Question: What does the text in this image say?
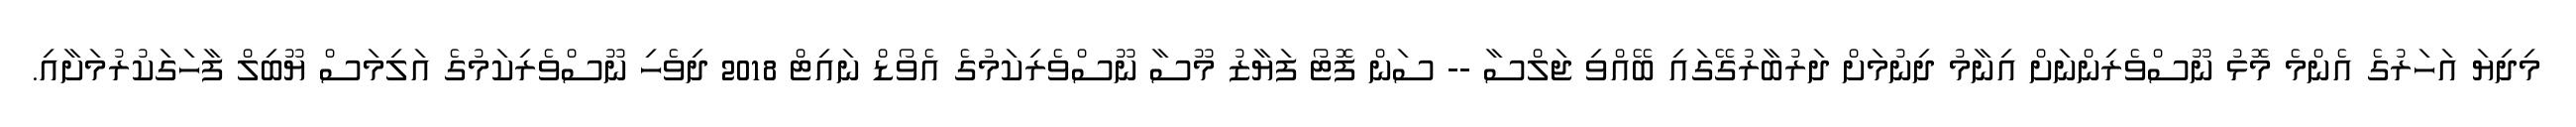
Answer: މިދިޔަ އަހަރުގެ އެންމެ މޮޅު ނޫސްވެރިންނަށް އިނާމު ދިނުމަށް ދަރުބާރުގޭގައި ބޭއްވި ޖަލްސާ -- ސަން ފޮޓޯ ފަޔާޒު މޫސާ ނޫސްވެރިކަމުގެ އެވޯޑް ނައިޓް 2018 ދިވެހި ނޫސްވެރިކަމުގެ އަލިމަސް ޔޫބިލް ފާހަގަކުރުމަށާއި.